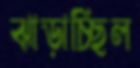
ঝাড়াচ্ছিল